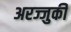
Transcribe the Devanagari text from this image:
अरज्जुकी